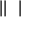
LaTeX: \bigstar | | \bigstar \bigstar |